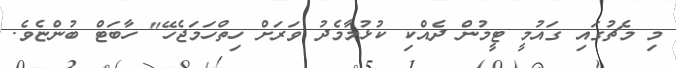
މި މެޗުގައި ގައުމީ ޓީމުން ދެއްކި ކުޅުމާމެދު ވަރަށް ހިތްހަމަޖެހޭ" ހާބަޓް ބުންޏެވެ.